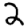
Digit: 2